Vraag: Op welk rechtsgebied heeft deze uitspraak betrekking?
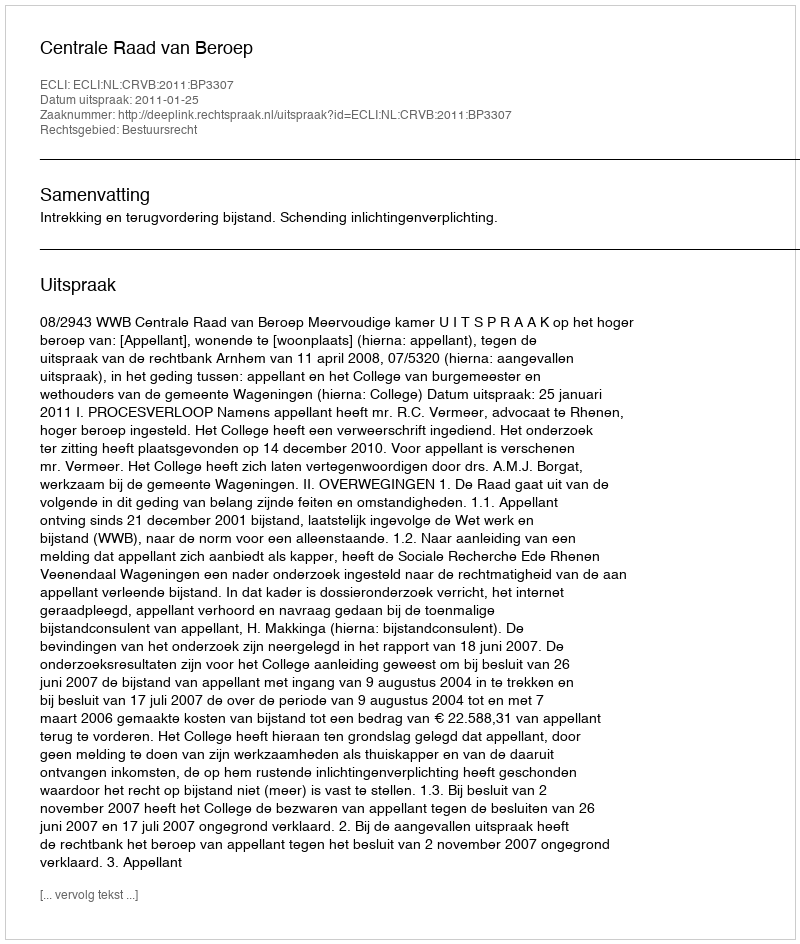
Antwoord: Bestuursrecht